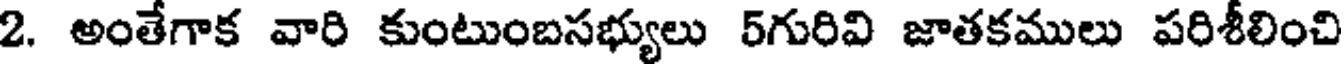
2. అంతేగాక వారి కుంటుంబసభ్యులు 5గురివి జాతకములు పరిశీలించి